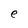
Character: e